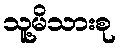
သူ့မိသားစု